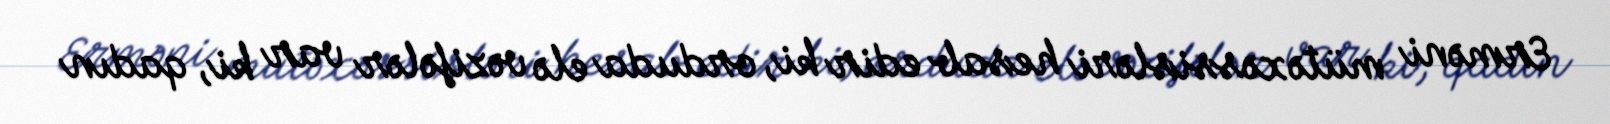
Erməni mütəxəssisləri hesab edir ki, orduda elə vəzifələr var ki, qadın